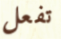
تفعل